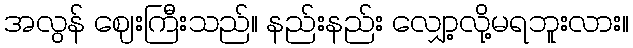
အလွန် ဈေးကြီးသည်။ နည်းနည်း လျှော့လို့မရဘူးလား။